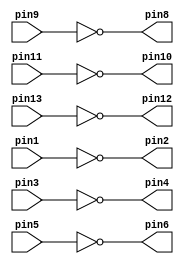
//defining NOT gate
module v7404(pin1, pin3, pin5, pin9, pin11, pin13, pin2, pin4, pin6, pin8, pin10, pin12);

    input pin1, pin3, pin5, pin9, pin11, pin13;
    output pin2, pin4, pin6, pin8, pin10, pin12;

    assign pin2 = ~pin1;
    assign pin4 = ~pin3;
    assign pin6 = ~pin5;
    assign pin8 = ~pin9;
    assign pin10 = ~pin11;
    assign pin12 = ~pin13;
endmodule

//defining AND gate
module v7408(pin1, pin2, pin4, pin5, pin9, pin10, pin12, pin13, pin3, pin6, pin8, pin11);
   
    input pin1, pin2, pin4, pin5, pin9, pin10, pin12, pin13;
    output pin3, pin6, pin8, pin11;

    assign pin3 = pin1&pin2;
    assign pin6 = pin4&pin5;
    assign pin8 = pin9&pin10;
    assign pin11 = pin12&pin13;
endmodule

//defining OR gate
module v7432(pin1, pin2, pin4, pin5, pin9, pin10, pin12, pin13, pin3, pin6, pin8, pin11);

    input pin1, pin2, pin4, pin5, pin9, pin10, pin12, pin13;
    output pin3, pin6, pin8, pin11;

    assign pin3 = pin1|pin2;
    assign pin6 = pin4|pin5;
    assign pin8 = pin9|pin10;
    assign pin11 = pin12|pin13;
endmodule

//defining mux2to1
module mux2to1 (x,y,s,m);
    input x,y,s;
    output m;

    wire Connection1, Connection2, Connection3;

    v7404 notGate(
        .pin1(s), .pin2(Connection1)
    );

    v7408 andGate(
        .pin1(Connection1),
        .pin2(x),
        .pin3(Connection2),
        .pin4(s),
        .pin5(y),
        .pin6(Connection3)
    );

    v7432 orGate(
        .pin1(Connection2), .pin2(Connection3), .pin3(m)
    );

endmodule